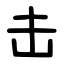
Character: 击